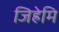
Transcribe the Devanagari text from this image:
जिह्रेमि